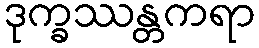
ဒုက္ခဿန္တကရာ